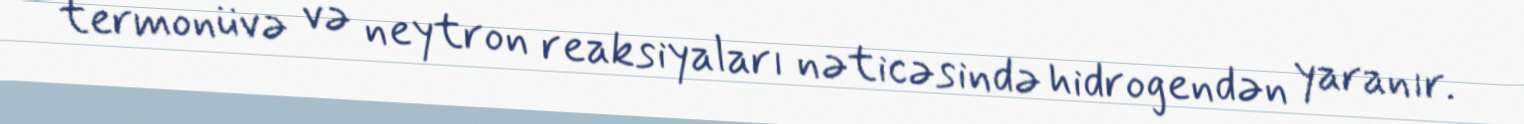
termonüvə və neytron reaksiyaları nəticəsində hidrogendən yaranır.